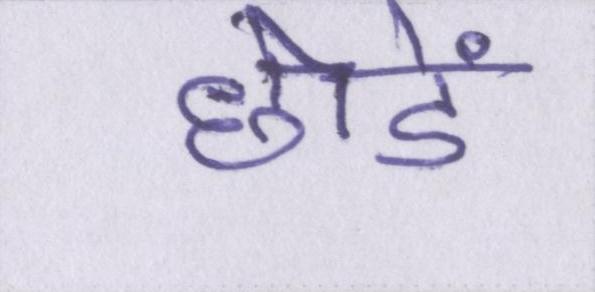
छोडें